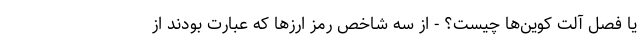
یا فصل آلت کوین‌ها چیست؟ - از سه شاخص رمز ارزها که عبارت بودند از